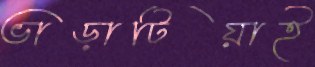
ভাড়াটিয়াই